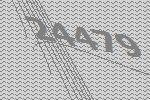
24479